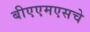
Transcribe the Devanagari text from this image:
बीएएमएसचे